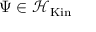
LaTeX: \Psi \in { \mathcal { H } } _ { \mathrm { K i n } }